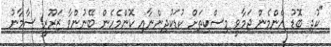
"ކުދި ބޮޑު އެންމެން ޖަމާވީ މިސްކިތަށް ކުޑަކުދިންނާއި ކޮންމެހެން ބޭނުންވާ ޒަރޫރީ ސާމާނު